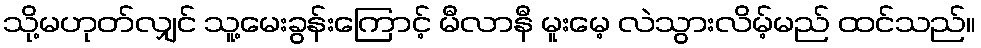
သို့မဟုတ်လျှင် သူ့မေးခွန်းကြောင့် မီလာနီ မူးမေ့ လဲသွားလိမ့်မည် ထင်သည်။